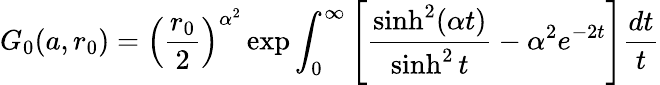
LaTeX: G_{0}(a,r_{0})=\left(\frac{r_{0}}2\right)^{\alpha^{2}}\exp\int_{0}^{\infty}\left[\frac{\sinh^{2}(\alpha t)}{\sinh^{2}t}-\alpha^{2}e^{-2t}\right]\frac{dt}t